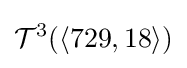
{\mathcal {T}}^{3}(\langle 729,18\rangle )